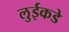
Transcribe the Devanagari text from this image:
लुईकडे